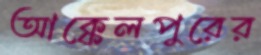
আক্কেলপুরের